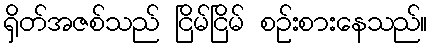
ရှိတ်အဇစ်သည် ငြိမ်ငြိမ် စဉ်းစားနေသည်။